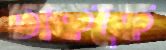
চাককে